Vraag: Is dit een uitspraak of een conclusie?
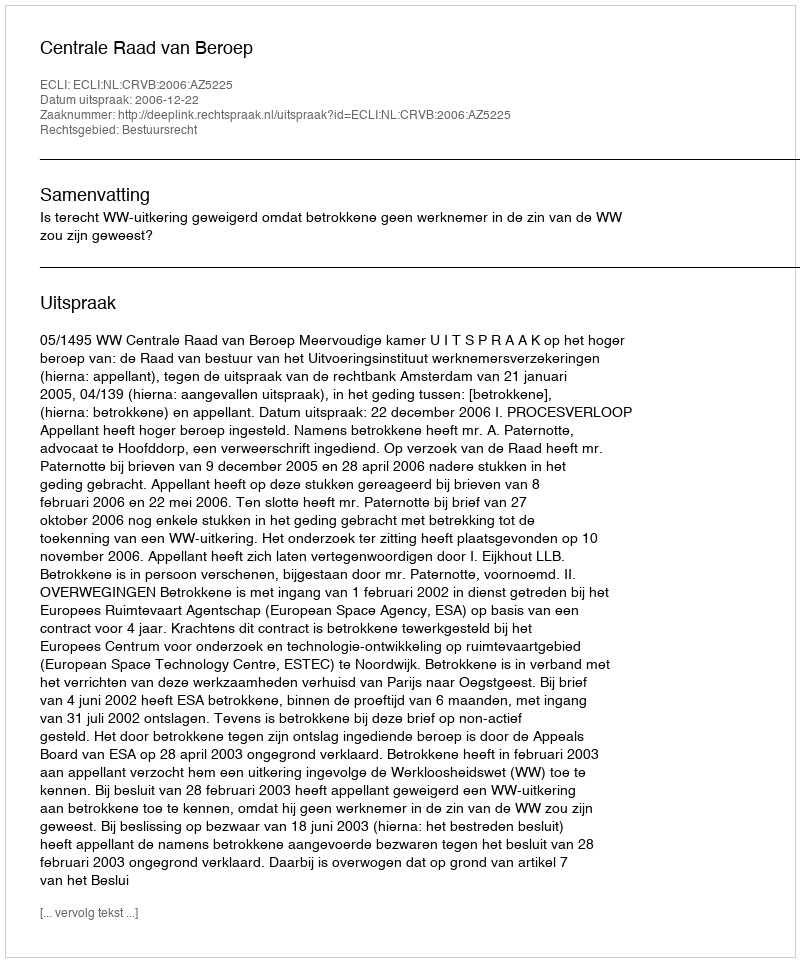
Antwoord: Uitspraak